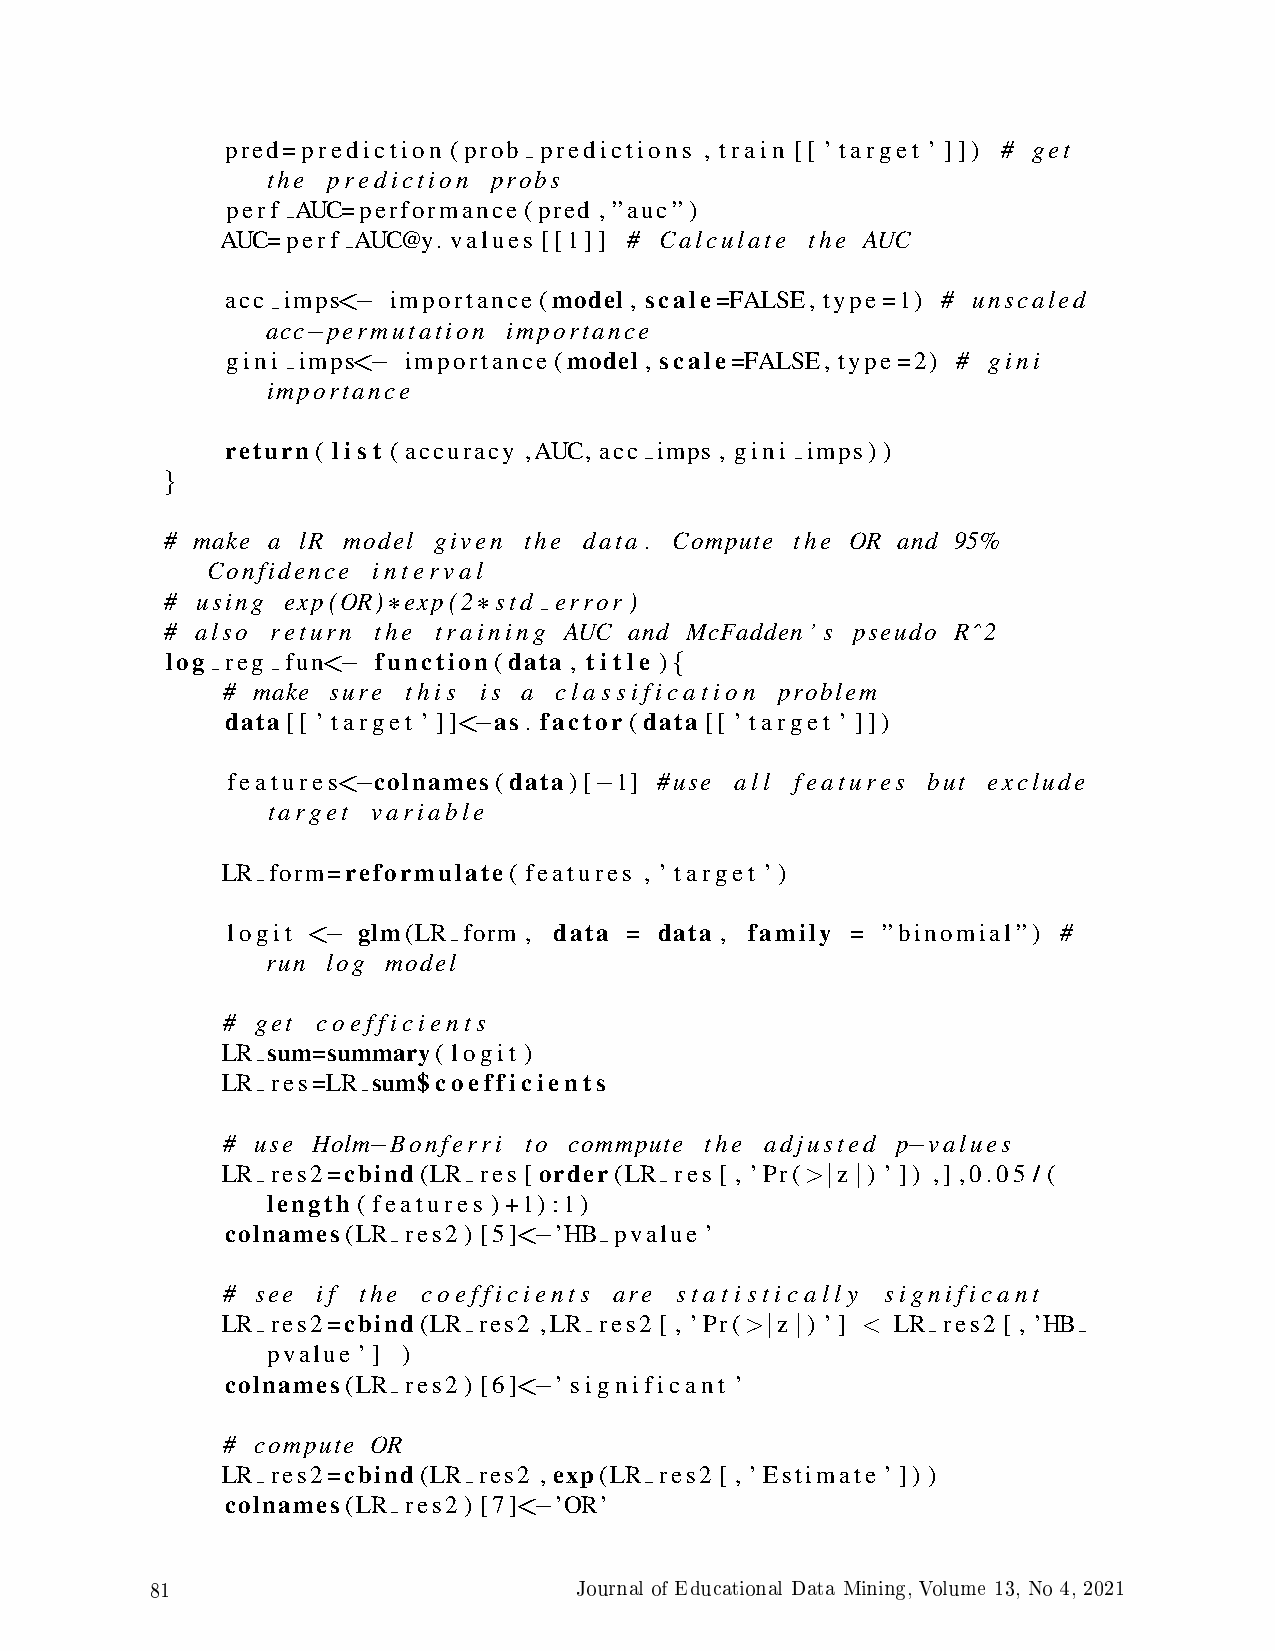
pred=prediction (prob predictions , train [[ ’ target ’ ]]) # get
 the prediction probs
 perf AUC=performance (pred , ”auc”)
 AUC=perf AUC@y. values [[1]] # Calculate the AUC
 acc imps<  importance (model , scale=FALSE, type=1) # unscaled
 −
 acc permutation importance
 −
 gini imps<  importance (model , scale=FALSE, type=2) # gini
 −
 importance
 return ( list ( accuracy ,AUC, acc imps , gini imps) )
 }
 # make a lR model given the data . Compute the OR and 95%
 Confidence interval
 # using exp(OR) exp(2 std error )
 *     *
 # also return the training AUC and McFadden’s pseudo Rˆ2
 log reg fun<  function (data , title )
 −                     {
 # make sure this is a classification problem
 data [[ ’ target ’ ]]< as . factor (data [[ ’ target ’ ]])
 −
 features< colnames(data)[ 1] #use all features but exclude
 −               −
 target variable
 LR form=reformulate ( features , ’ target ’)
 logit <  glm(LR form , data = data , family = ”binomial”) #
 −
 run log model
 # get coefficients
 LR sum=summary( logit )
 LR res=LR sum$coefficients
 # use Holm Bonferri to commpute the adjusted p values
 −                                   −
 LR res2=cbind(LR res [order(LR res [ , ’Pr(> z ) ’ ]) ,] ,0.05 / (
 | |
 length ( features )+1) :1)
 colnames(LR res2 ) [5]< ’HB pvalue ’
 −
 # see if the coefficients are statistically significant
 LR res2=cbind(LR res2 ,LR res2 [ , ’Pr(> z ) ’] < LR res2 [ , ’HB
 | |
 pvalue ’] )
 colnames(LR res2 ) [6]< ’ significant ’
 −
 # compute OR
 LR res2=cbind(LR res2 ,exp(LR res2 [ , ’Estimate ’ ]) )
 colnames(LR res2 ) [7]< ’OR’
 −
 81                          Journal of Educational Data Mining, Volume 13, No 4, 2021